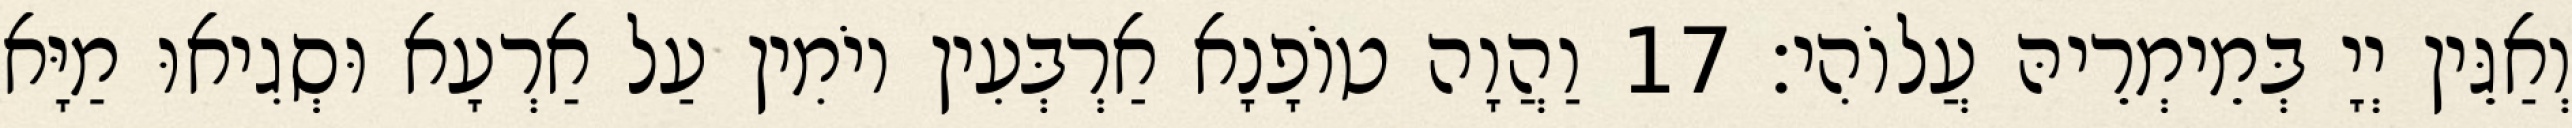
וְאַגֵּין יְיָ בְּמֵימְרֵיהּ עֲלוֹהִי׃ 17 וַהֲוָה טוֹפָנָא אַרְבְּעִין יוֹמִין עַל אַרְעָא וּסְגִיאוּ מַיָּא